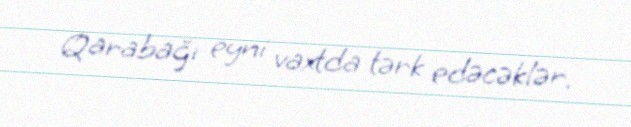
Qarabağı eyni vaxtda tərk edəcəklər.